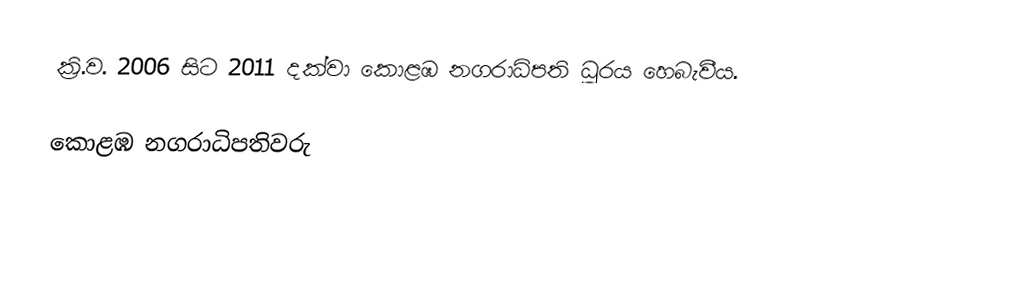
ක්‍රි.ව. 2006 සිට 2011 දක්වා කොළඹ නගරාධිපති ධූරය හෙබැවීය.

කොළඹ නගරාධිපතිවරු